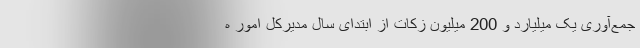
جمع‌آوری یک میلیارد و 200 میلیون زکات از ابتدای سال مدیرکل امور ه